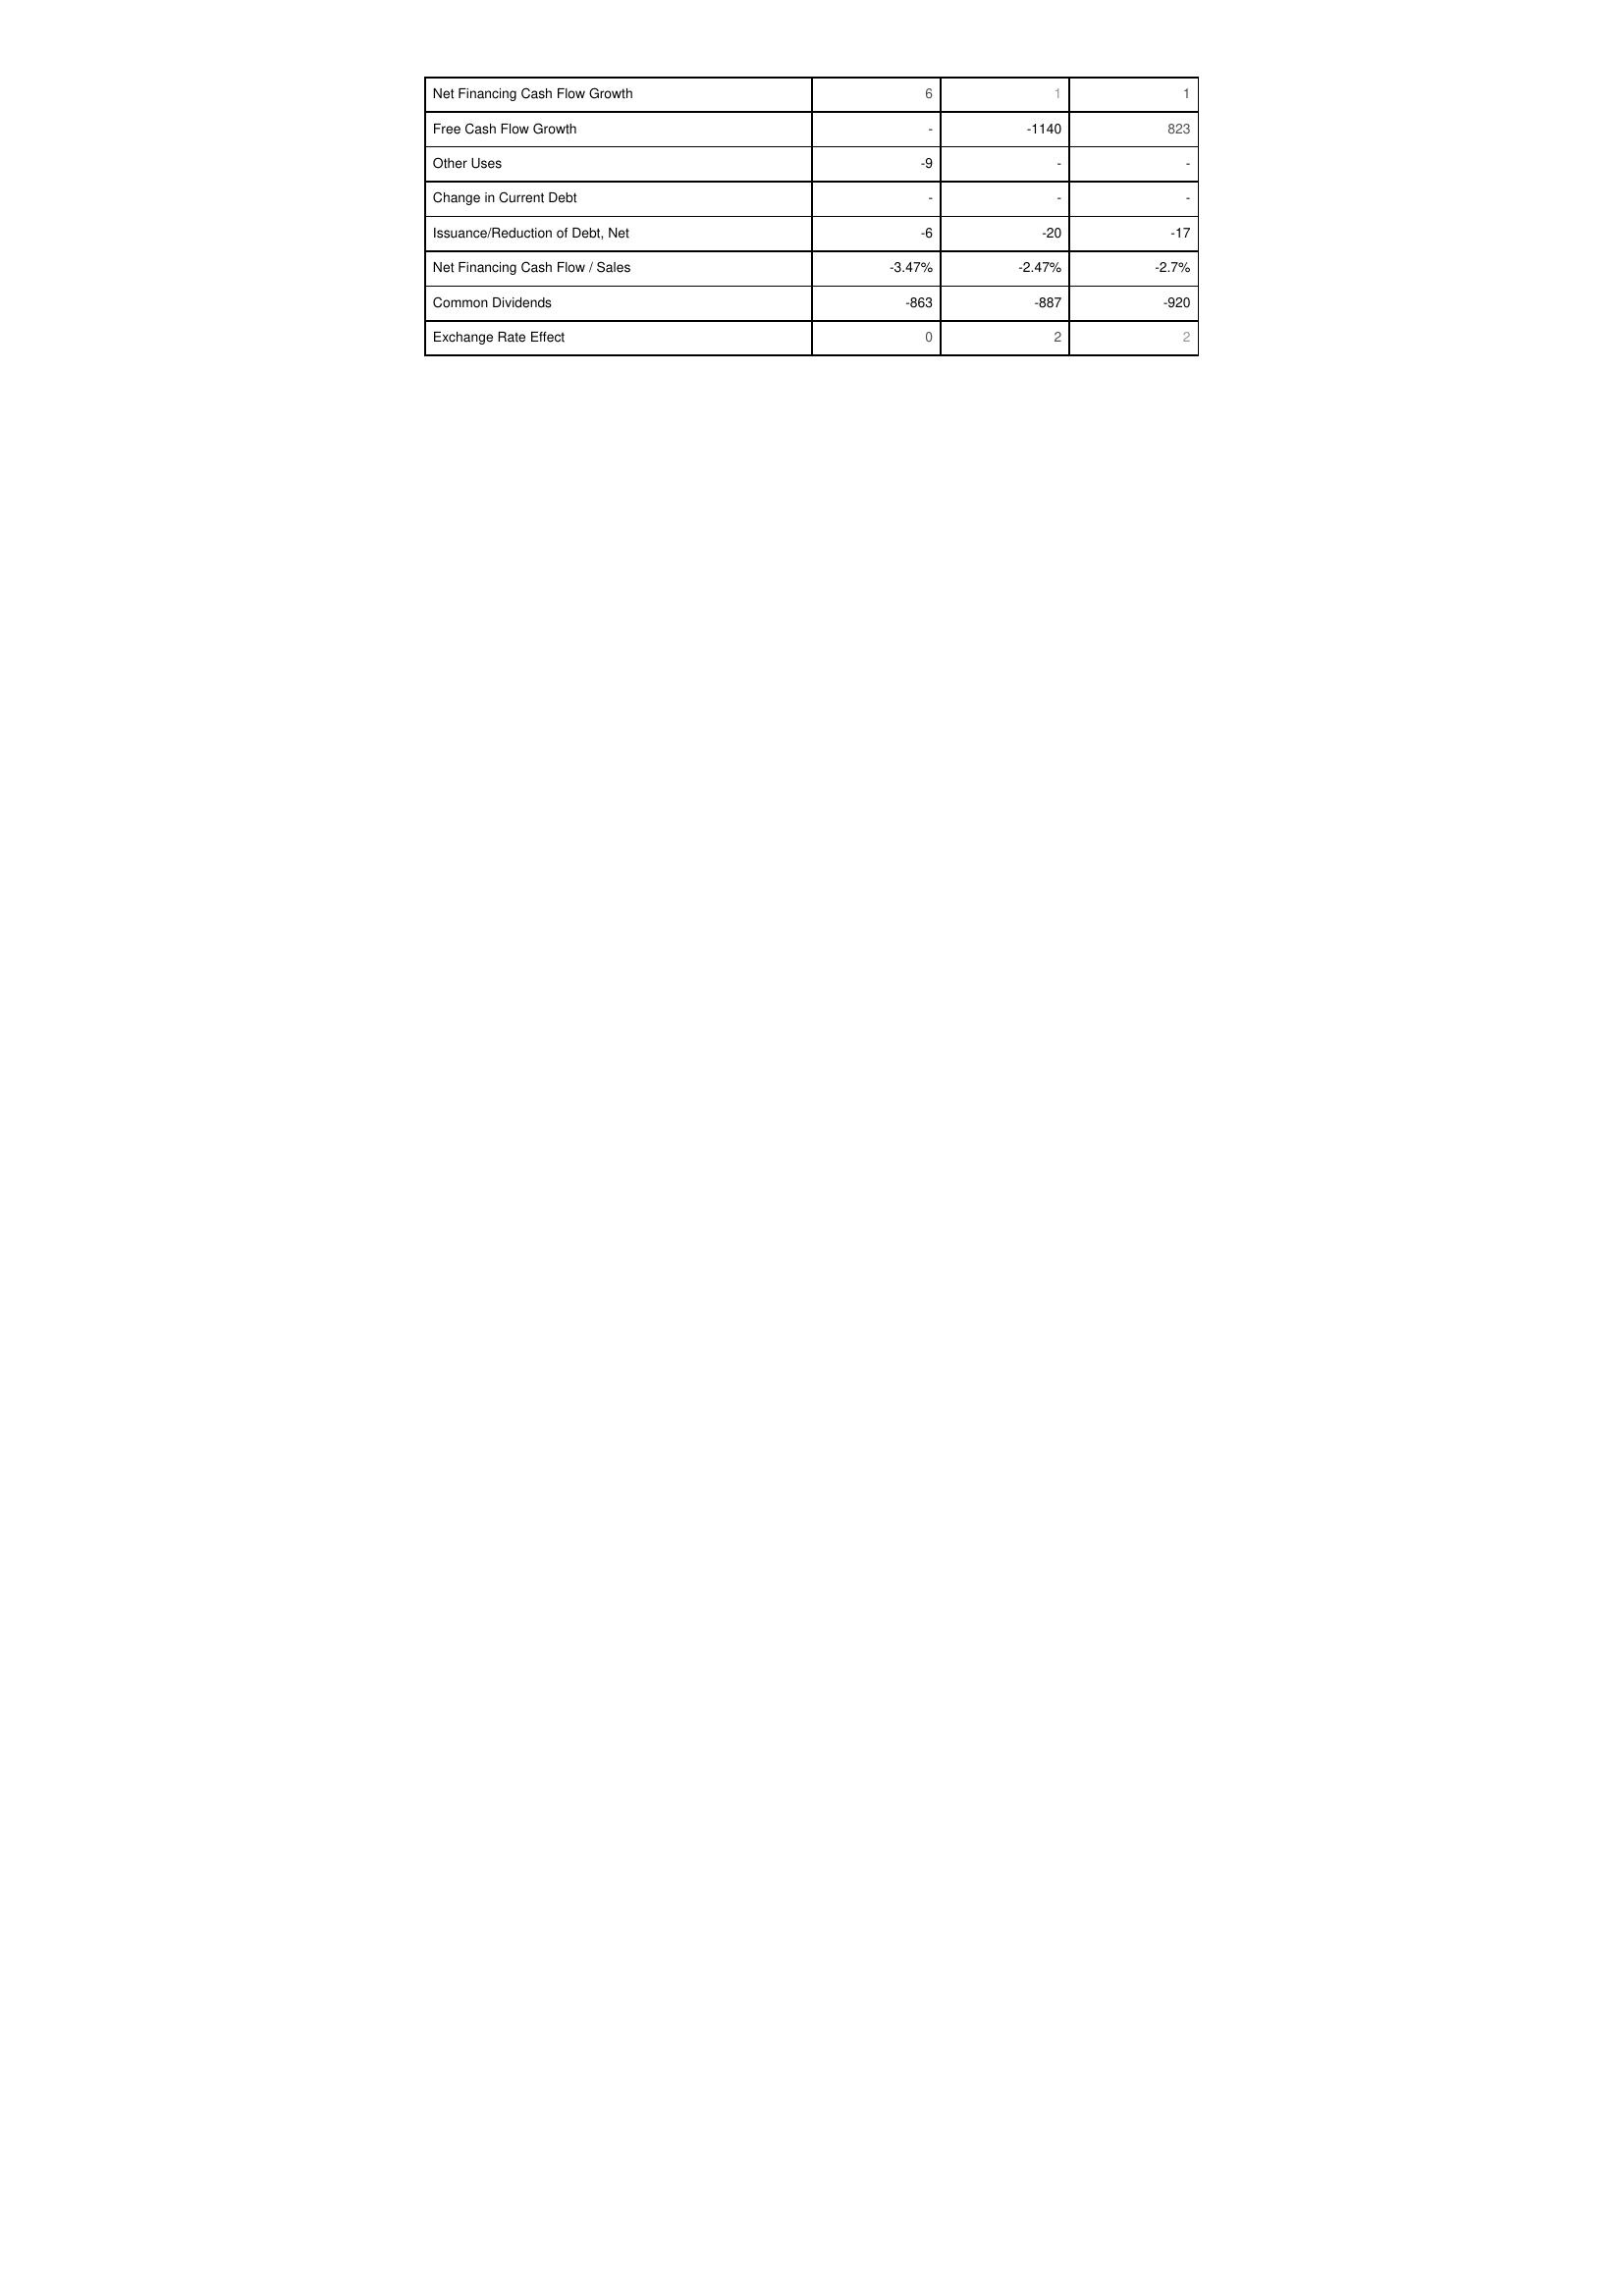
2017: Financing Activities: Net Financing Cash Flow Growth: 6
Free Cash Flow Growth: -
Other Uses: -9
Change in Current Debt: -
Issuance/Reduction of Debt, Net: -6
Net Financing Cash Flow / Sales: -3.47%
Common Dividends: -863
Exchange Rate Effect: 0
2018: Financing Activities: Net Financing Cash Flow Growth: 1
Free Cash Flow Growth: -1140
Other Uses: -
Change in Current Debt: -
Issuance/Reduction of Debt, Net: -20
Net Financing Cash Flow / Sales: -2.47%
Common Dividends: -887
Exchange Rate Effect: 2
2019: Financing Activities: Net Financing Cash Flow Growth: 1
Free Cash Flow Growth: 823
Other Uses: -
Change in Current Debt: -
Issuance/Reduction of Debt, Net: -17
Net Financing Cash Flow / Sales: -2.7%
Common Dividends: -920
Exchange Rate Effect: 2